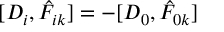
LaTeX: [ D _ { i } , \hat { F } _ { i k } ] = - [ D _ { 0 } , \hat { F } _ { 0 k } ]